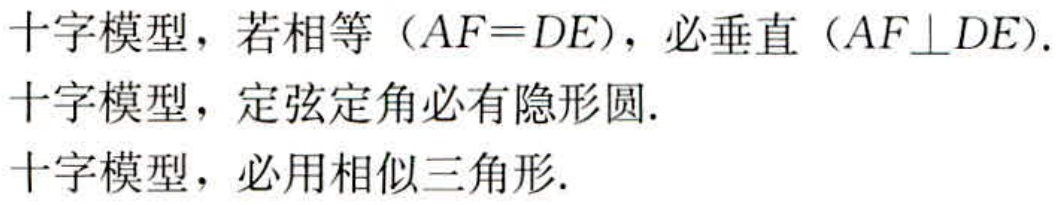
十字模型，若相等（$AF = DE$），必垂直（$AF\perp DE$).

十字模型，定弦定角必有隐形圆.

十字模型，必用相似三角形.